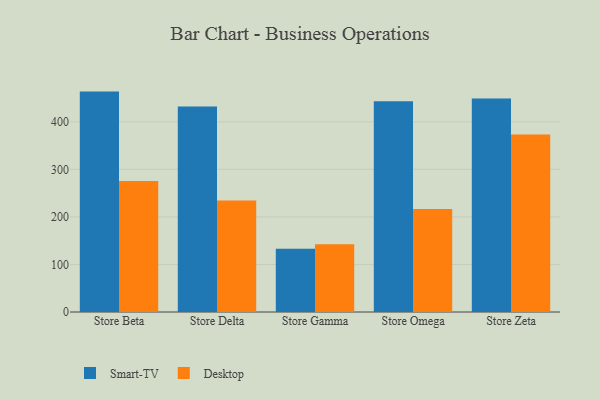
{"axis": {"x": "Store", "y": "Website Visitors"}, "legend": ["Desktop", "Smart-TV"], "data": [{"x": "Store Beta", "y": 463.5, "type": "Smart-TV"}, {"x": "Store Beta", "y": 275.7, "type": "Desktop"}, {"x": "Store Delta", "y": 432.3, "type": "Smart-TV"}, {"x": "Store Delta", "y": 234.7, "type": "Desktop"}, {"x": "Store Gamma", "y": 132.8, "type": "Smart-TV"}, {"x": "Store Gamma", "y": 142.6, "type": "Desktop"}, {"x": "Store Omega", "y": 443.4, "type": "Smart-TV"}, {"x": "Store Omega", "y": 216.7, "type": "Desktop"}, {"x": "Store Zeta", "y": 449.1, "type": "Smart-TV"}, {"x": "Store Zeta", "y": 373.2, "type": "Desktop"}]}